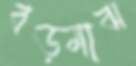
বড়মাঝ